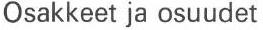
Osakkeet ja osuudet